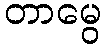
တာမွေ